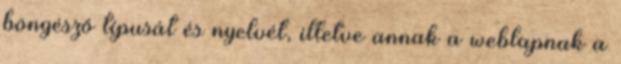
böngésző típusát és nyelvét, illetve annak a weblapnak a